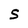
Character: S